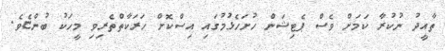
ތާއީދު ނުކުރާ ކަމަށް ވެސް ޕެޓިޝަން ހުށަހެޅުމުގައި އިސްކޮށް ހަރަކާތްތެރިވި މީހަކު ބުންޏެވެ.